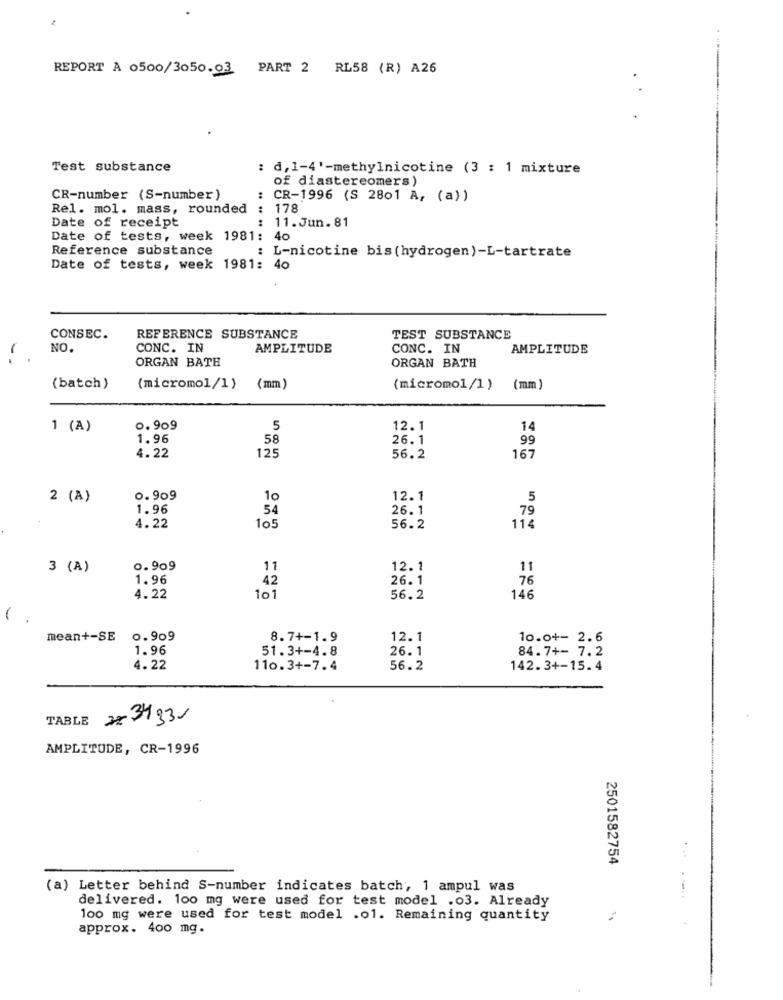
REPORT A 0500/3050.03 PART 2 RL58 (R) A26
Test substance
: d, 1-4'-methylnicotine (3 : 1 mixture
of diastereomers)
CR-number (S-number)
: CR-1996 (S 2801 A, (a) )
Rel. mol. mass, rounded
: 178
Date of receipt
: 11.Jun.81
Date of tests, week 1981: 40
Reference substance
: L-nicotine bis (hydrogen)-L-tartrate
Date of tests, week 1981: 40
CONSEC.
REFERENCE SUBSTANCE
TEST SUBSTANCE
-
NO.
CONC. IN
AMPLITUDE
CONC. IN
AMPLITUDE
ORGAN BATH
ORGAN BATH
(batch)
(micromol/1)
(mm )
(micromol/1)
(mm)
1 (A)
0.909
5
12.1
14
1.96
58
26.1
99
125
4.22
56.2
167
2 (A)
0.909
10
12.1
5
1.96
54
26.1
79
4.22
105
56.2
114
3 (A)
0.909
11
12.1
11
1.96
42
26.1
76
4.22
101
56.2
146
-
mean+-SE 0.909
8.7+-1.9
12.1
10.0+- 2.6
1.96
51.3+-4.8
26.1
84.7+- 7.2
4.22
110.3+-7.4
56.2
142.3+-15.4
TABLE 2734331
AMPLITUDE, CR-1996
2501582754
(a) Letter behind S-number indicates batch, 1 ampul was
delivered. 100 mg were used for test model .03. Already
100 mg were used for test model .01. Remaining quantity
approx. 400 mg.